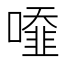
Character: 𠿓